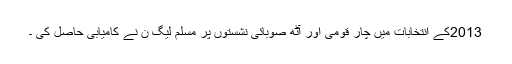
2013کے انتخابات میں چار قومی اور آٹھ صوبائی نشستوں پر مسلم لیگ ن نے کامیابی حاصل کی ۔